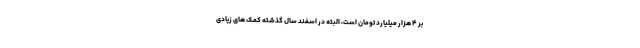
بر ۴ هزار میلیارد تومان است، البته در اسفند سال گذشته کمک های زیادی